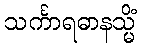
သင်္ကာရဓာနသ္မိံ